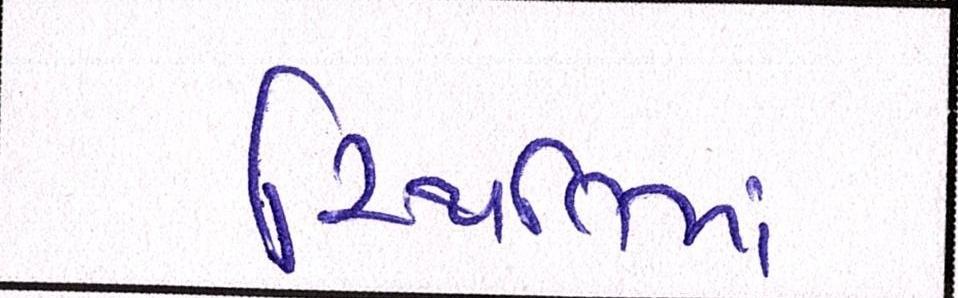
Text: સ્થિતિમાં